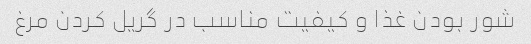
شور بودن غذا و کیفیت مناسب در گریل کردن مرغ